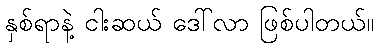
နှစ်ရာနဲ့ ငါးဆယ် ဒေါ်လာ ဖြစ်ပါတယ်။